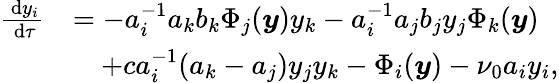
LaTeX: \begin{array}{rl}{\frac{\, \mathrm{d}y_{i}}{\, \mathrm{d}\tau}}&{=-a_{i}^{-1}a_{k}b_{k}\Phi_{j}(\boldsymbol{y})y_{k}-a_{i}^{-1}a_{j}b_{j}y_{j}\Phi_{k}(\boldsymbol{y})}\\ &{\quad+ca_{i}^{-1}(a_{k}-a_{j})y_{j}y_{k}-\Phi_{i}(\boldsymbol{y})-\nu_{0}a_{i}y_{i},}\end{array}